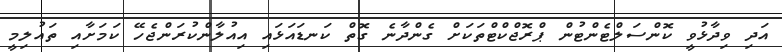
އަދި ވިދާޅުވީ ކޮންސަލްޓެންޓުން ޕްރޮޖްކްޓްތަކަށް ގެންދާނެ ގޮތް ކަނޑައަޅައި އިއުލާންކުރަންޖެހޭ ކަމަށާއި ތައުލިމީ